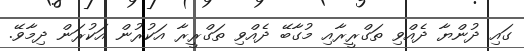
ގައި ދުންޔާ ދެއްވި ތަގްރީރާއި މުގާބޭ ދެއްވި ތަގްރީރާ އަކުރުން އަކުރަން ދިމާވޭ.